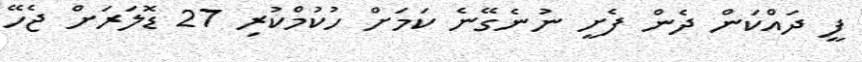
ފީ ދައްކަން ދެން ފެށީ ނުނެގޭނެ ކަމަށް ހުކުމްކުރި 27 ޑޮލަރަށް ޖެހޭ